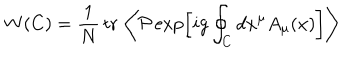
W ( C ) = { \frac { 1 } { N } } \, \mathrm { t r } \, \left\langle { \cal P } \exp \left[ i g \oint _ { C } d x ^ { \mu } A _ { \mu } ( x ) \right] \right\rangle